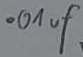
Text: .01uf